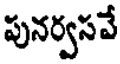
పునర్వసవే